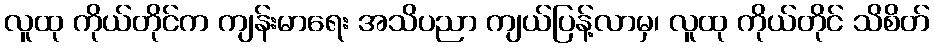
လူထု ကိုယ်တိုင်က ကျန်းမာရေး အသိပညာ ကျယ်ပြန့်လာမှ၊ လူထု ကိုယ်တိုင် သိစိတ်